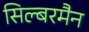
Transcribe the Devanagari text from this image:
सिल्बरमैन